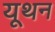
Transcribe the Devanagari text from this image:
यूथन